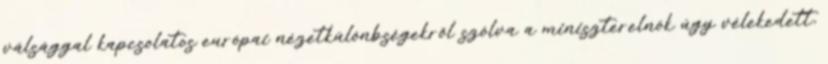
válsággal kapcsolatos európai nézetkülönbségekről szólva a miniszterelnök úgy vélekedett,